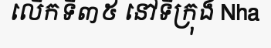
លើកទី៣៥ នៅទីក្រុង Nha